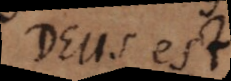
Deus est